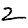
Digit: 2